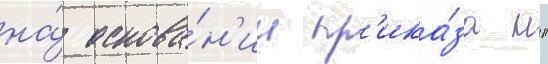
на́ основа́н'ии пр'ика́за нк